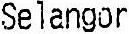
SELANGOR